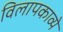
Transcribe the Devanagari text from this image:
विलापकाव्ये